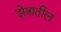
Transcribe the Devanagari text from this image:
झेत्रातील